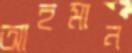
আহমান